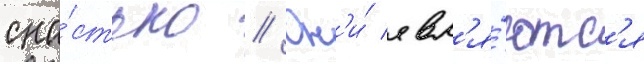
сна́стью // Он'и́ явл'я́ютс'я